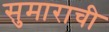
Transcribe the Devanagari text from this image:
सुमाराची